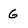
Character: G